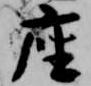
座